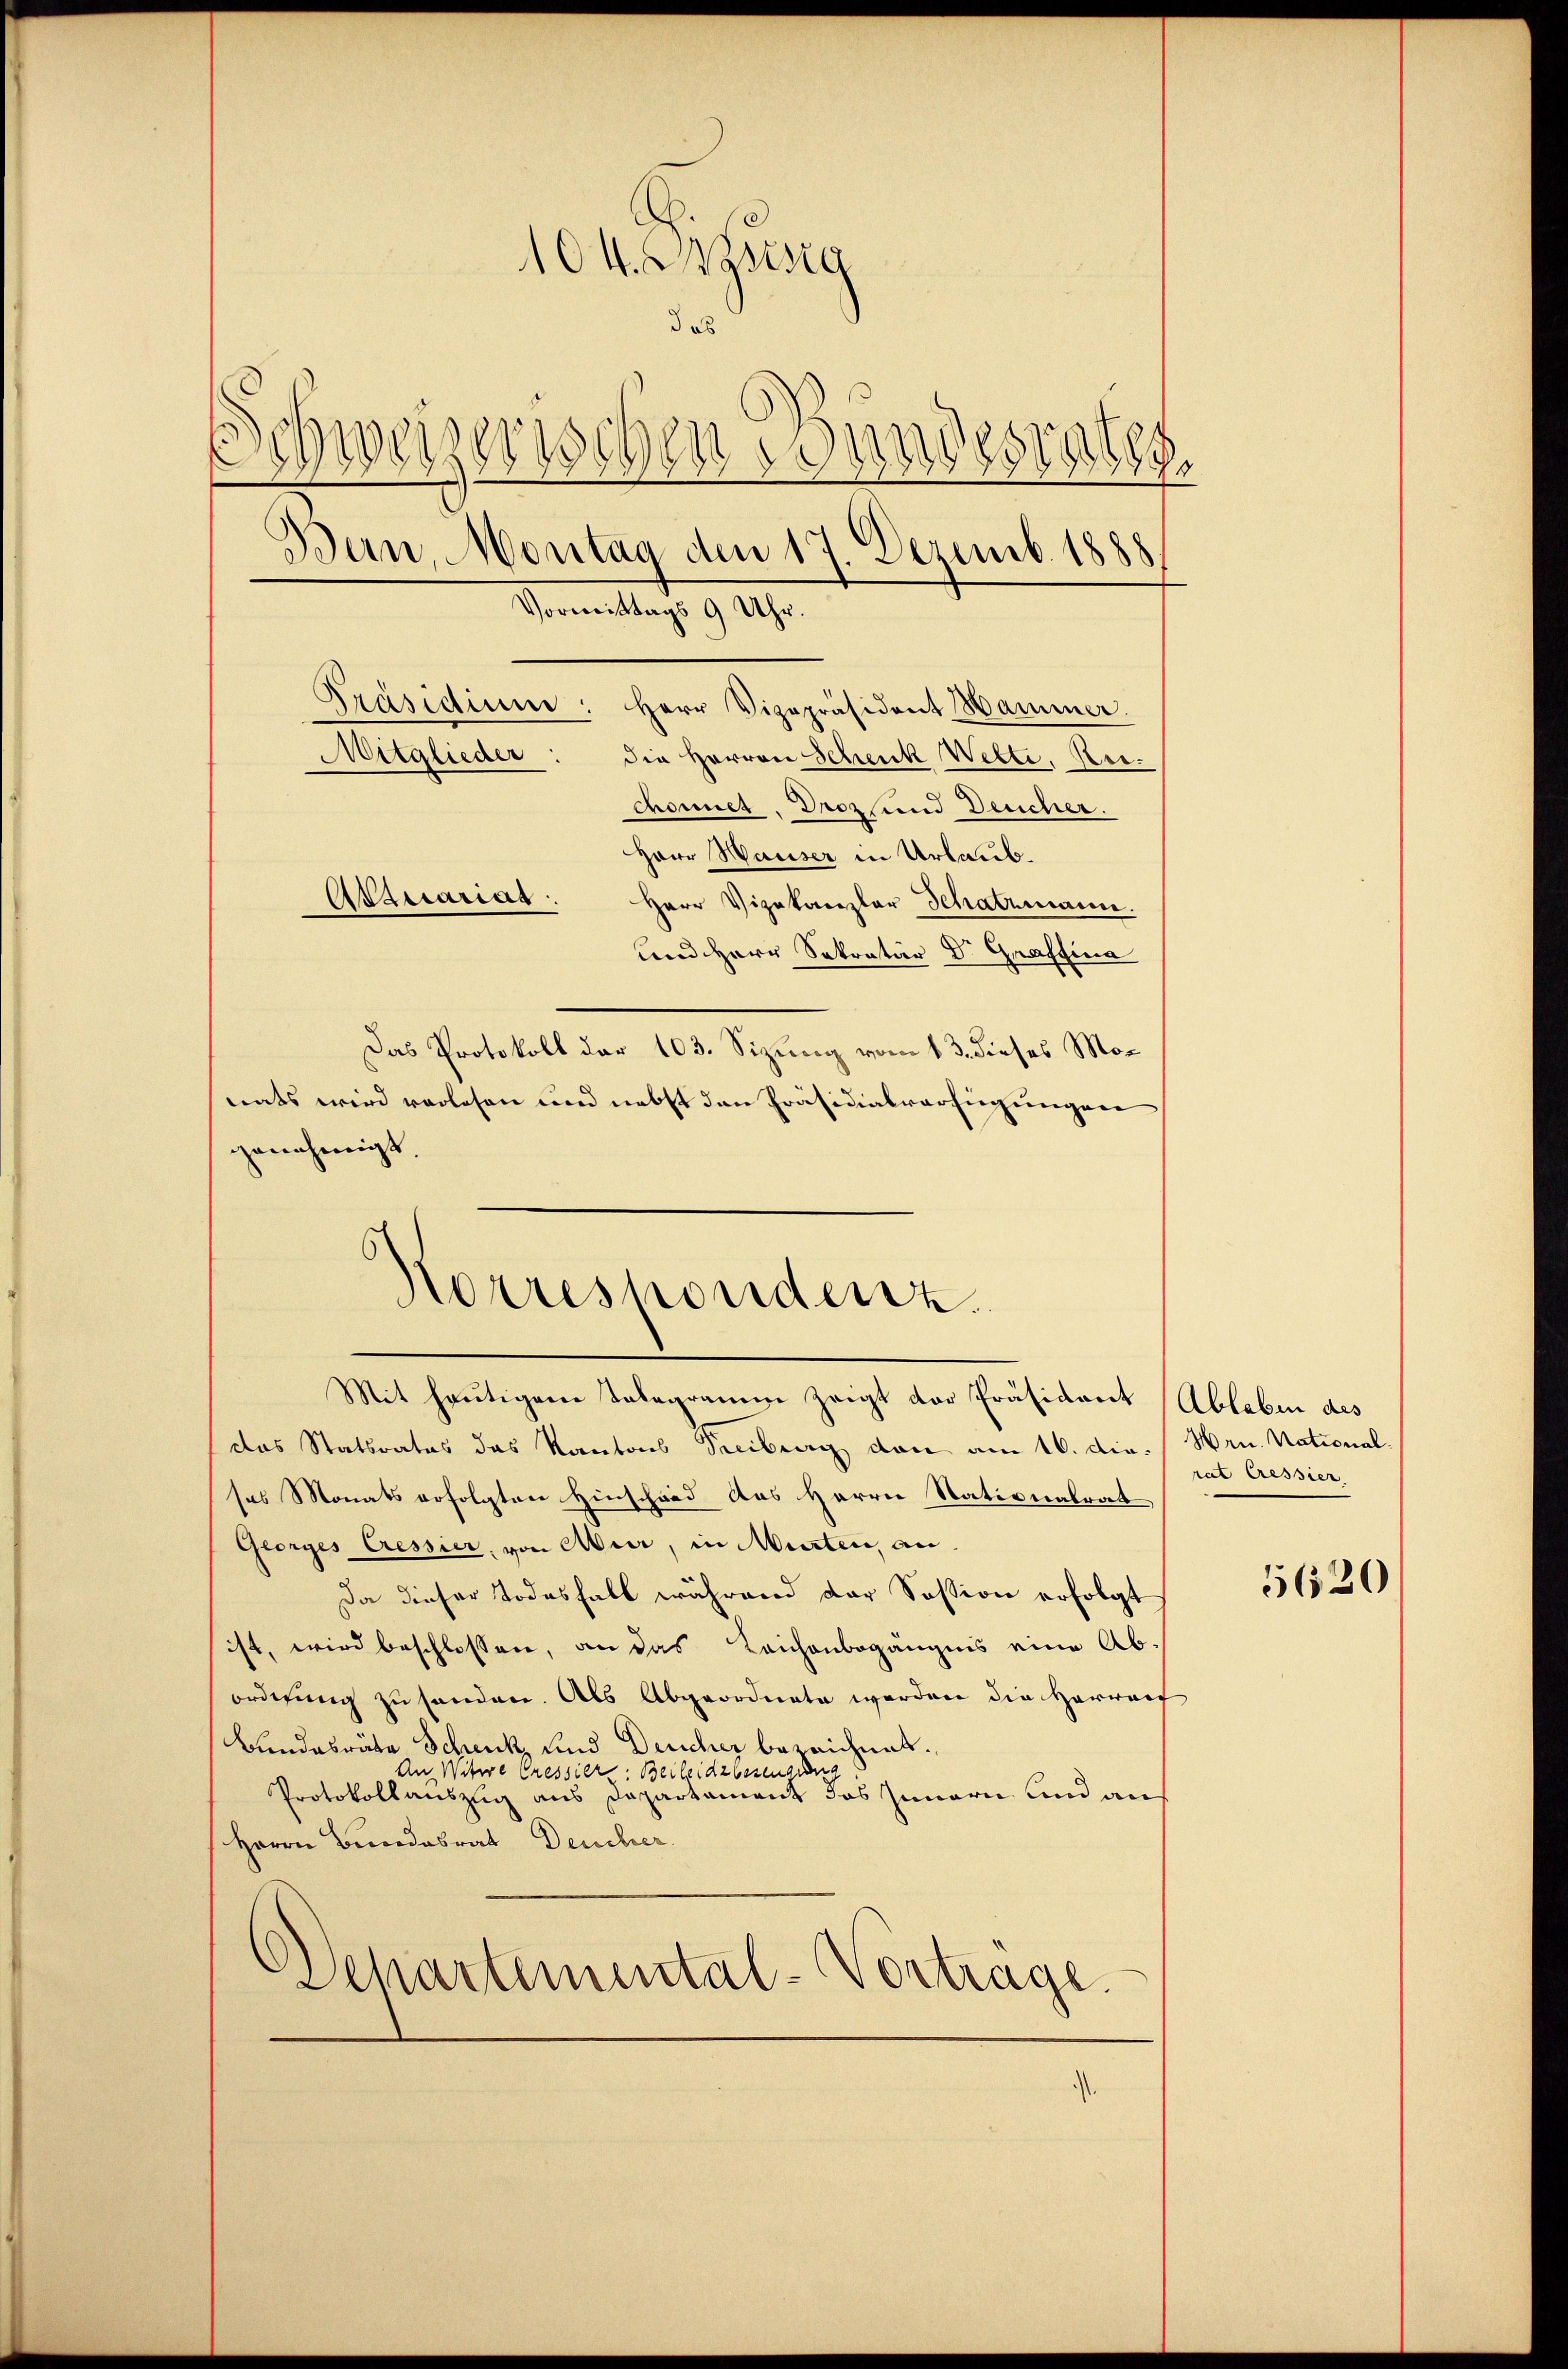
104. Bzssig
das
Zweyer wegen wundesrath
.
Bern, Montag den 17. Dezemb. 1888.
Vormittags 9 Uhr.
Präsidium: Herr Vizepräsident Hammer.
Mitglieder:
die Herren Schenk Wette, Reichonnet. Droz. und Deucher.
Herr Hauser in Urlaub.
Atquariag
Herr Vizekanzler Schatzmann.
und Herr Sekretär Dr. Graffina

Das Protokoll der 103. Sizung vom 13. dieses Monats wird verlesen und nebst den Präsidialverfügungen
genehmigt
das Statsrates das Kantons Seciburg dan am 16. die Hrn. Nationalsas Monats erfolgten Hinschard das Herrn Stationalrat
Georges Cressier, von Aber, in Murten, an
Da dieser Todesfall während der Session erfolgt
ist, wird beschlossen, an das Leichenbegängnis eine Abordnung zu senden. Als Abgeordnete werden die Herwarf
Bundesräte Schenk und Deucher bezeignet.
An Witwe Cressier: Beileidzbezeugung
Protokollauszug aus Departament das Innern und auf
Herrn Bundesrat Deucher
Departemental-Vortrage.
.

Norrespondenz.
Mit heutigem Talegramm zeigt der Präsident (Ableben des

rat Cressier,

5620